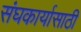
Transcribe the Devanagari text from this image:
संघकार्यासाठी